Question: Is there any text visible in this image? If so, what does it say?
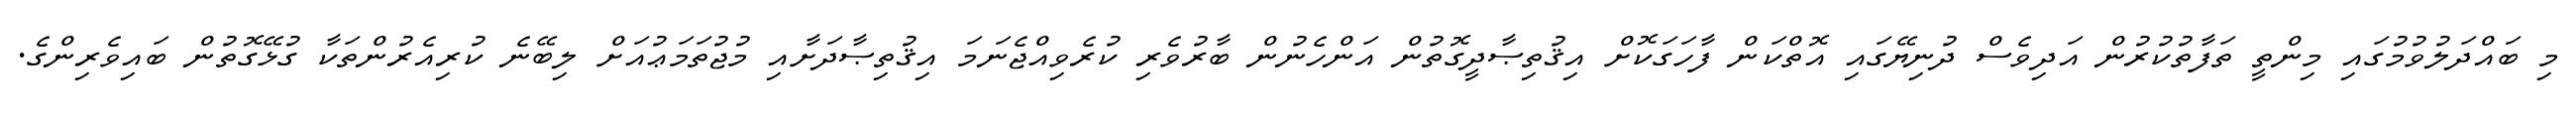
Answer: މި ބައްދަލުވުމުގައި މިންތީ ތަފާތުކުރުން އަދިވެސް ދުނިޔޭގައި އޮތްކަން ފާހަގަކޮށް އިޤުތިޞާދީގޮތުން އަންހެނުން ބާރުވެރި ކުރެވިއްޖެނަމަ އިޤުތިޞާދަށާއި މުޖުތަމަޢުއަށް ލިބޭނެ ކުރިއެރުންތަކާ ގުޅޭގޮތުން ބައިވެރިންގެ.